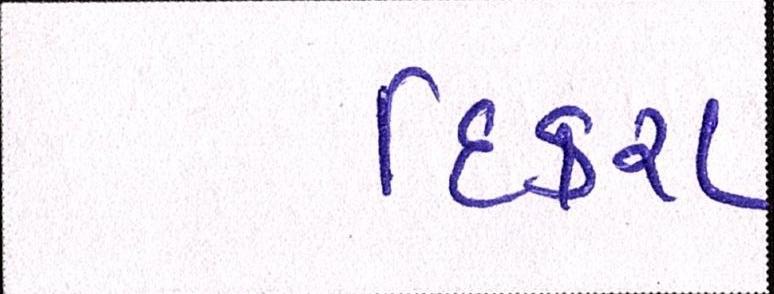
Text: દિકરા